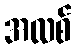
အလစ်